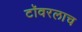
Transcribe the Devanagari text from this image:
टॉवरलाच